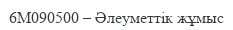
6М090500 – Әлеуметтік жұмыс